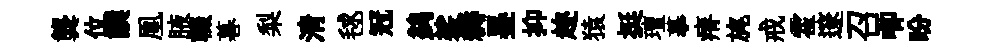
龔位譔凰腋輟暮梨清毬冠鹢裟耨墨抑趂猿挺璮摹瘠旄戒霍邃召唧盼